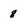
Character: 8